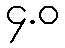
၄.ဝ